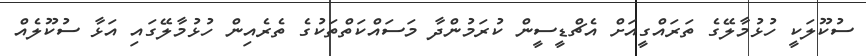
ސުކޫލަކީ ހުޅުމާލޭގެ ތަރައްގީއަށް އެޗްޑީސީން ކުރަމުންދާ މަސައްކަތްތަކުގެ ތެރެއިން ހުޅުމާލޭގައި އަޅާ ސުކޫލެއް